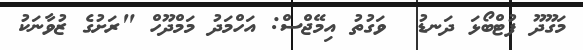
މަގޫދޫ ފުޓްބޯޅަ ދަނޑު  ވަގުތު އިމޭޖްސް: އަހްމަދު މަމްދޫހް "ރަށުގެ ޒުވާނަކު